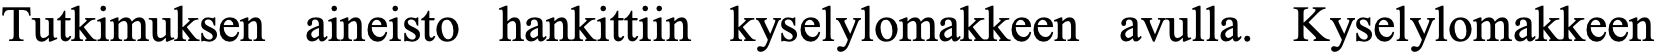
Tutkimuksen aineisto hankittiin kyselylomakkeen avulla. Kyselylomakkeen